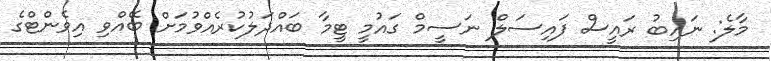
މާލެ: ނައިބު ރައީސް ފައިސަލް ނަސީމް ގައުމީ ޓީމާ ބައްދަލުކުރެއްވުމަށް ބޭއްވި އިވެންޓްގެ